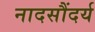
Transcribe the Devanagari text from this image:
नादसौंदर्य